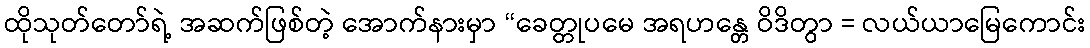
ထိုသုတ်တော်ရဲ့ အဆက်ဖြစ်တဲ့ အောက်နားမှာ “ခေတ္တုပမေ အရဟန္တေ ဝိဒိတွာ = လယ်ယာမြေကောင်း